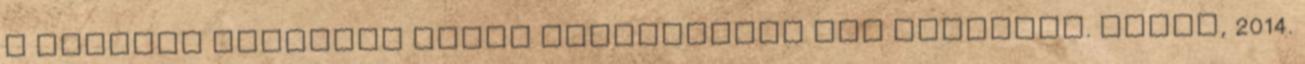
a második amerikai ápoló fertőződött meg ebolával. Index, 2014.